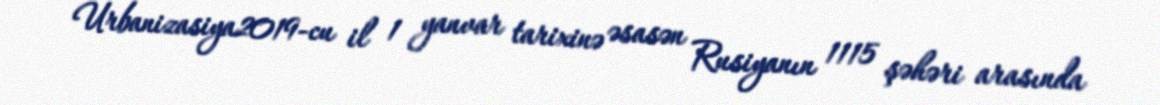
Urbanizasiya2019-cu il 1 yanvar tarixinə əsasən Rusiyanın 1115 şəhəri arasında